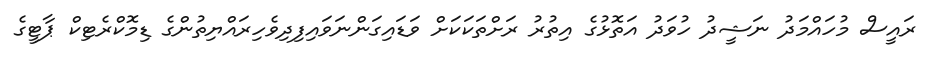
ރައީސް މުހައްމަދު ނަޝީދު ހުވަދު އަތޮޅުގެ އިތުރު ރަށްތަކަކަށް ވަޑައިގަންނަވައިފިދިވެހިރައްޔިތުންގެ ޑިމޮކްރެޓިކް ޕާޓީގެ